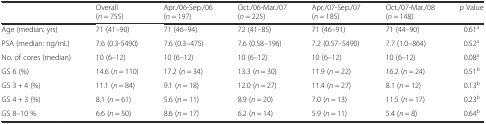
<table><thead><tr><td></td><td><b>Overall (<i>n</i> = 755)</b></td><td><b>Apr./06-Sep./06 (<i>n</i> = 197)</b></td><td><b>Oct./06-Mar./07 (<i>n</i> = 225)</b></td><td><b>Apr./07-Sep./07 (<i>n</i> = 185)</b></td><td><b>Oct./07-Mar./08 (<i>n</i> = 148)</b></td><td><b><i>p</i> Value</b></td></tr></thead><tbody><tr><td>Age (median: yrs)</td><td>71 (41–90)</td><td>71 (46–94)</td><td>72 (41–85)</td><td>71 (46–91)</td><td>71 (44–90)</td><td>0.61<sup>a</sup></td></tr><tr><td>PSA (median: ng/mL)</td><td>7.6 (0.3-5490)</td><td>7.6 (0.3–475)</td><td>7.6 (0.58–196)</td><td>7.2 (0.57–5490)</td><td>7.7 (1.0–864)</td><td>0.52<sup>a</sup></td></tr><tr><td>No. of cores (median)</td><td>10 (6–12)</td><td>10 (6–12)</td><td>10 (6–12)</td><td>10 (6–12)</td><td>10 (6–12)</td><td>0.08<sup>a</sup></td></tr><tr><td>GS 6 (%)</td><td>14.6 (<i>n</i> = 110)</td><td>17.2 (<i>n</i> = 34)</td><td>13.3 (<i>n</i> = 30)</td><td>11.9 (<i>n</i> = 22)</td><td>16.2 (<i>n</i> = 24)</td><td>0.51<sup>b</sup></td></tr><tr><td>GS 3 + 4 (%)</td><td>11.1 (<i>n</i> = 84)</td><td>9.1 (<i>n</i> = 18)</td><td>12.0 (<i>n</i> = 27)</td><td>11.4 (<i>n</i> = 27)</td><td>8.1 (<i>n</i> = 12)</td><td>0.13<sup>b</sup></td></tr><tr><td>GS 4 + 3 (%)</td><td>8.1 (<i>n</i> = 61)</td><td>5.6 (<i>n</i> = 11)</td><td>8.9 (<i>n</i> = 20)</td><td>7.0 (<i>n</i> = 13)</td><td>11.5 (<i>n</i> = 17)</td><td>0.23<sup>b</sup></td></tr><tr><td>GS 8–10 %</td><td>6.6 (<i>n</i> = 50)</td><td>8.6 (<i>n</i> = 17)</td><td>6.2 (<i>n</i> = 14)</td><td>5.9 (<i>n</i> = 11)</td><td>5.4 (<i>n</i> = 8)</td><td>0.64<sup>b</sup></td></tr></tbody></table>